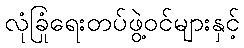
လုံခြုံရေးတပ်ဖွဲ့ဝင်များနှင့်